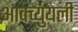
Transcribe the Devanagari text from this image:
आक्च्युयली